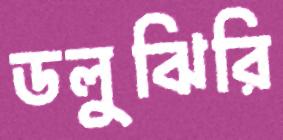
ডলুঝিরি